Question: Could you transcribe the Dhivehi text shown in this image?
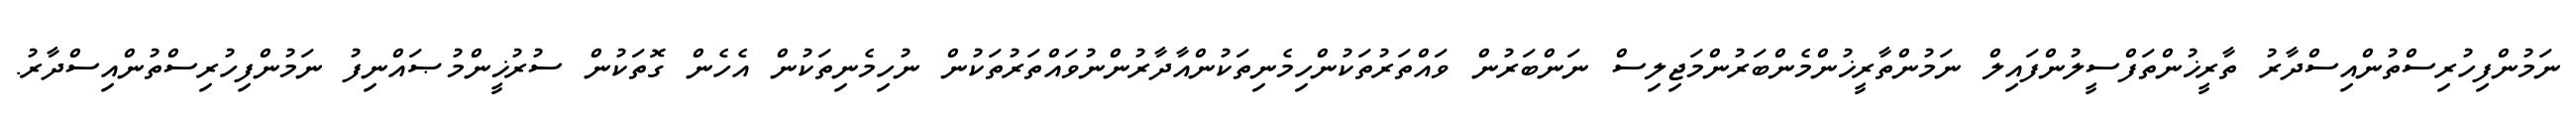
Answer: ނަމުންފިހުރިސްތުންއިސްދާރު ތާރީޚުންތަފްސީލުންފައިލް ނަމުންތާރީޚުންމެންބަރުންމަޖިލިސް ނަންބަރުން ވައްތަރުތަކުންހިމެނިތަކުންއާދާރުންނުވައްތަރުތަކުން ނުހިމެނިތަކުން އެހެން ގޮތަކުން ސުރުޚީންމުޞައްނިފު ނަމުންފިހުރިސްތުންއިސްދާރު.